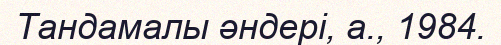
Тандамалы әндері, а., 1984.